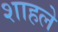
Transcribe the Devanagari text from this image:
शाहले